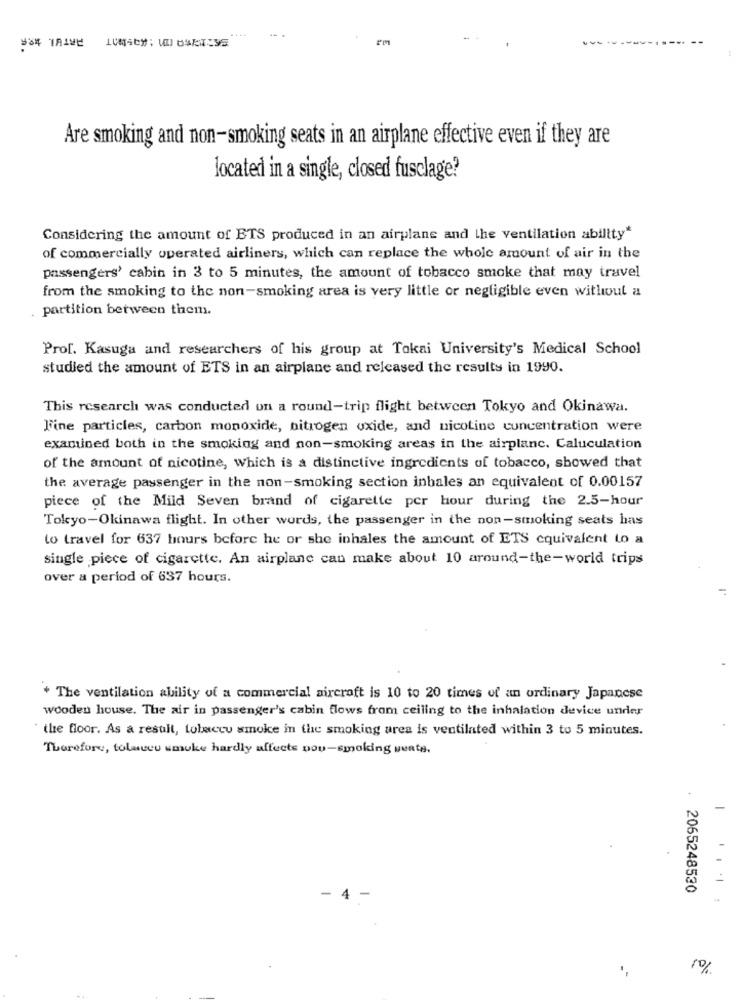
....
PM
Are smoking and non-smoking seats in an airplane effective even if they are
located in a single, closed fusclage?
Considering the amount of ETS produced in an airplane and the ventilation ability"
of commercially operated airliners, which can replace the whole amount of air in the
passengers' cabin in 3 to 5 minutes, the amount of tobacco smoke that may travel
from the smoking to the non-smoking area is very little or negligible even without a
partition between them.
Prof. Kasuga and researchers of his group at Tokai University's Medical School
studied the amount of ETS in an airplane and released the results in 1990.
This research was conducted on a round-trip flight between Tokyo and Okinawa.
Fine particles, carbon monoxide, nitrogen oxide, and nicotine concentration were
examined both in the smoking and non-smoking areas in the airplanc. Caluculation
of the amount of nicotine, Which is a distinctive ingredients of tobacco, showed that
the average passenger in the non-smoking section inbales an equivalent of 0.00157
piece of the Mild Seven brand of cigarette per hour during the 2.5-hour
Tokyo-Okinawa flight. In other words, the passenger in the non-smoking seats has
to travel for 637 hours before he or she inhales the amount of ETS equivalent to a
single piece of cigarette. An airplane can make about 10 around-the-world trips
over a period of 637 hours.
* The ventilation ability of a commercial aircraft is 10 to 20 times of an ordinary Japanese
wooden house. The air in passenger's cabin flows from ceiling to the inhalation device under
the floor. As a result, tobacco smoke in the smoking area is ventilated within 3 to 5 minutes.
Therefore, toluceu umuke hardly affects pou-smoking wenta.
2065248530
- 4 -
10%